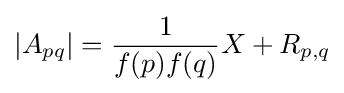
\left\vert A_{pq}\right\vert ={\frac {1}{f(p)f(q)}}X+R_{p,q}